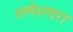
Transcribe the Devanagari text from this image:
गणेशदरा